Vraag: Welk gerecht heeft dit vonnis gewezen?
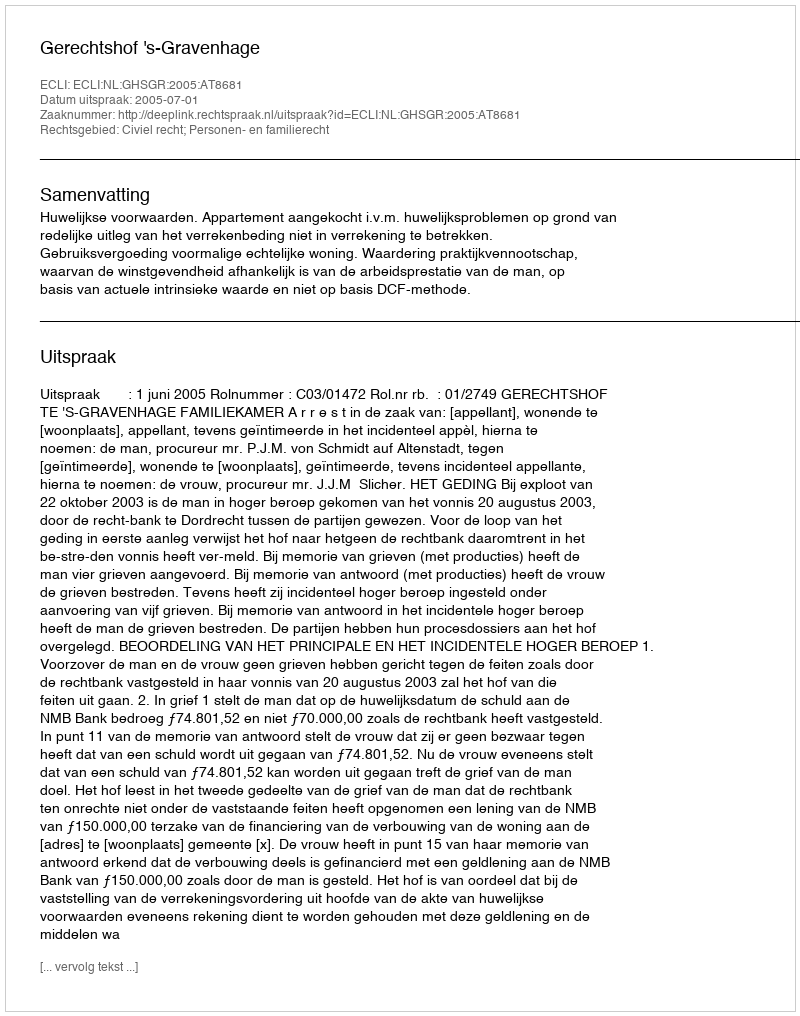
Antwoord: Gerechtshof 's-Gravenhage